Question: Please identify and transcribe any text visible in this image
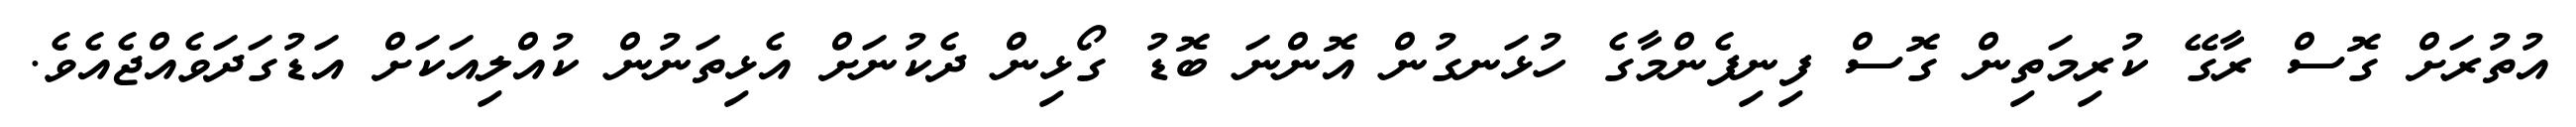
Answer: އުތުރަށް ގޮސް ރާގޭ ކުރިމަތިން ގޮސް ފިނިފެންމާގެ ހުޅަނގުން އޮންނަ ބޮޑު ގޯޅިން ދެކުނަށް އެޅިތަނުން ކުއްލިއަކަށް އަޑުގަދަވެއްޖެއެވެ.